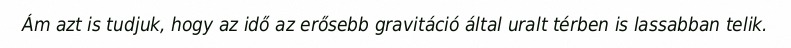
Ám azt is tudjuk, hogy az idő az erősebb gravitáció által uralt térben is lassabban telik.